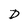
Character: D